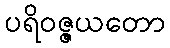
ပရိဝဇ္ဇယတော